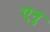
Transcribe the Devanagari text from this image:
एनु